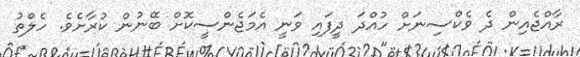
ރާއްޖެއިން ދެ ވެކްސިނަށް ހުއްދަ ދީފައި ވަނީ އެމަޖެންސީކޮށް ބޭނުން ކުރާށެވެ. ހެލްތު